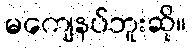
မကျေနပ်ဘူးဆို။